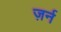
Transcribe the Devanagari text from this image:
ज़र्न